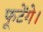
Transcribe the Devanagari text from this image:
फूटेंगे।